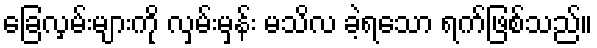
ခြေလှမ်းများကို လှမ်းမှန်း မသိလ ခဲ့ရသော ရက်ဖြစ်သည်။